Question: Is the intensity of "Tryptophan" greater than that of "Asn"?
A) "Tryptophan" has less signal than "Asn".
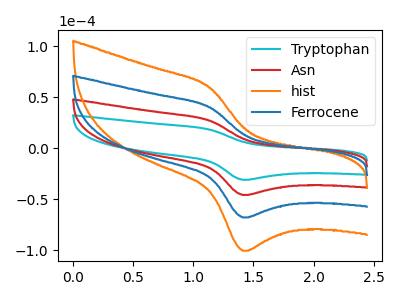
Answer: <think>The cyan curve "Tryptophan" has an anodic peak at (1.15V, 18.30uA) and a cathodic peak at (1.40V, -30.90uA). The red curve "Asn" has an anodic peak at (1.15V, 27.15uA) and a cathodic peak at (1.40V, -45.80uA). The orange curve "hist" has an anodic peak at (1.15V, 81.45uA) and a cathodic peak at (1.40V, -137.45uA). The blue curve "Ferrocene" has an anodic peak at (1.15V, 54.30uA) and a cathodic peak at (1.40V, -91.60uA).
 All the peaks in "Tryptophan" have a peak in "Asn" at the same potential. Every peak in "Tryptophan" is lower than every peak in "Asn".</think>
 <answer>A) "Tryptophan" has less signal than "Asn".</answer>
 <eval>A</eval>